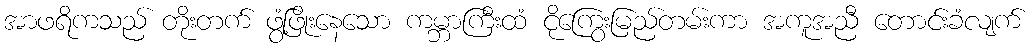
အာဖရိကသည် တိုးတက် ဖွံ့ဖြိုးနေသော ကမ္ဘာကြီးထံ ငိုကြွေးမြည်တမ်းကာ အကူအညီ တောင်းခံလျက်